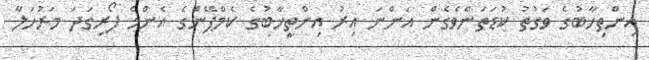
އިންތިޚާބުގެ ވަގުތު ކުޑަތަންވެގެން އަންނަ އިރު އިންތީޚާބުގެ ކެމްޕޭންގެ އެންމެ ފޯރިގަދަ މަރުހަލާ